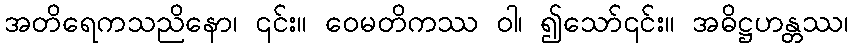
အတိရေကသညိနော၊ ၎င်း။ ဝေမတိကဿ ဝါ၊ ၍သော်၎င်း။ အဓိဋ္ဌဟန္တဿ၊